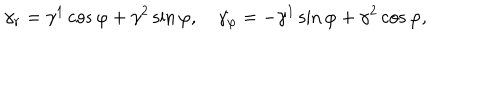
\gamma _ { r } = \gamma ^ { 1 } \cos \varphi + \gamma ^ { 2 } \sin \varphi , \quad \gamma _ { \varphi } = - \gamma ^ { 1 } \sin \varphi + \gamma ^ { 2 } \cos \varphi ,